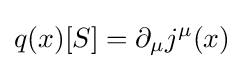
q(x)[S]=\partial _{\mu }j^{\mu }(x)